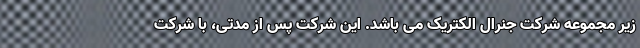
زیر مجموعه شرکت جنرال الکتریک می باشد. این شرکت پس از مدتی، با شرکت